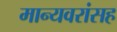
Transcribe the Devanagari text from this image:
मान्यवरांसह